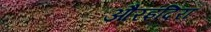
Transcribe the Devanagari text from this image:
औरइंदिरा